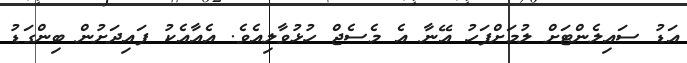
އަޑު ސައިލެންޓަށް ލުމަށްފަހު އޭނާ އެ މެސެޖް ހުޅުވާލިއެވެ. އެއާއެކު ފައިދަށުން ބިންގަޑު